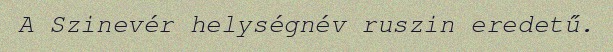
A Szinevér helységnév ruszin eredetű.